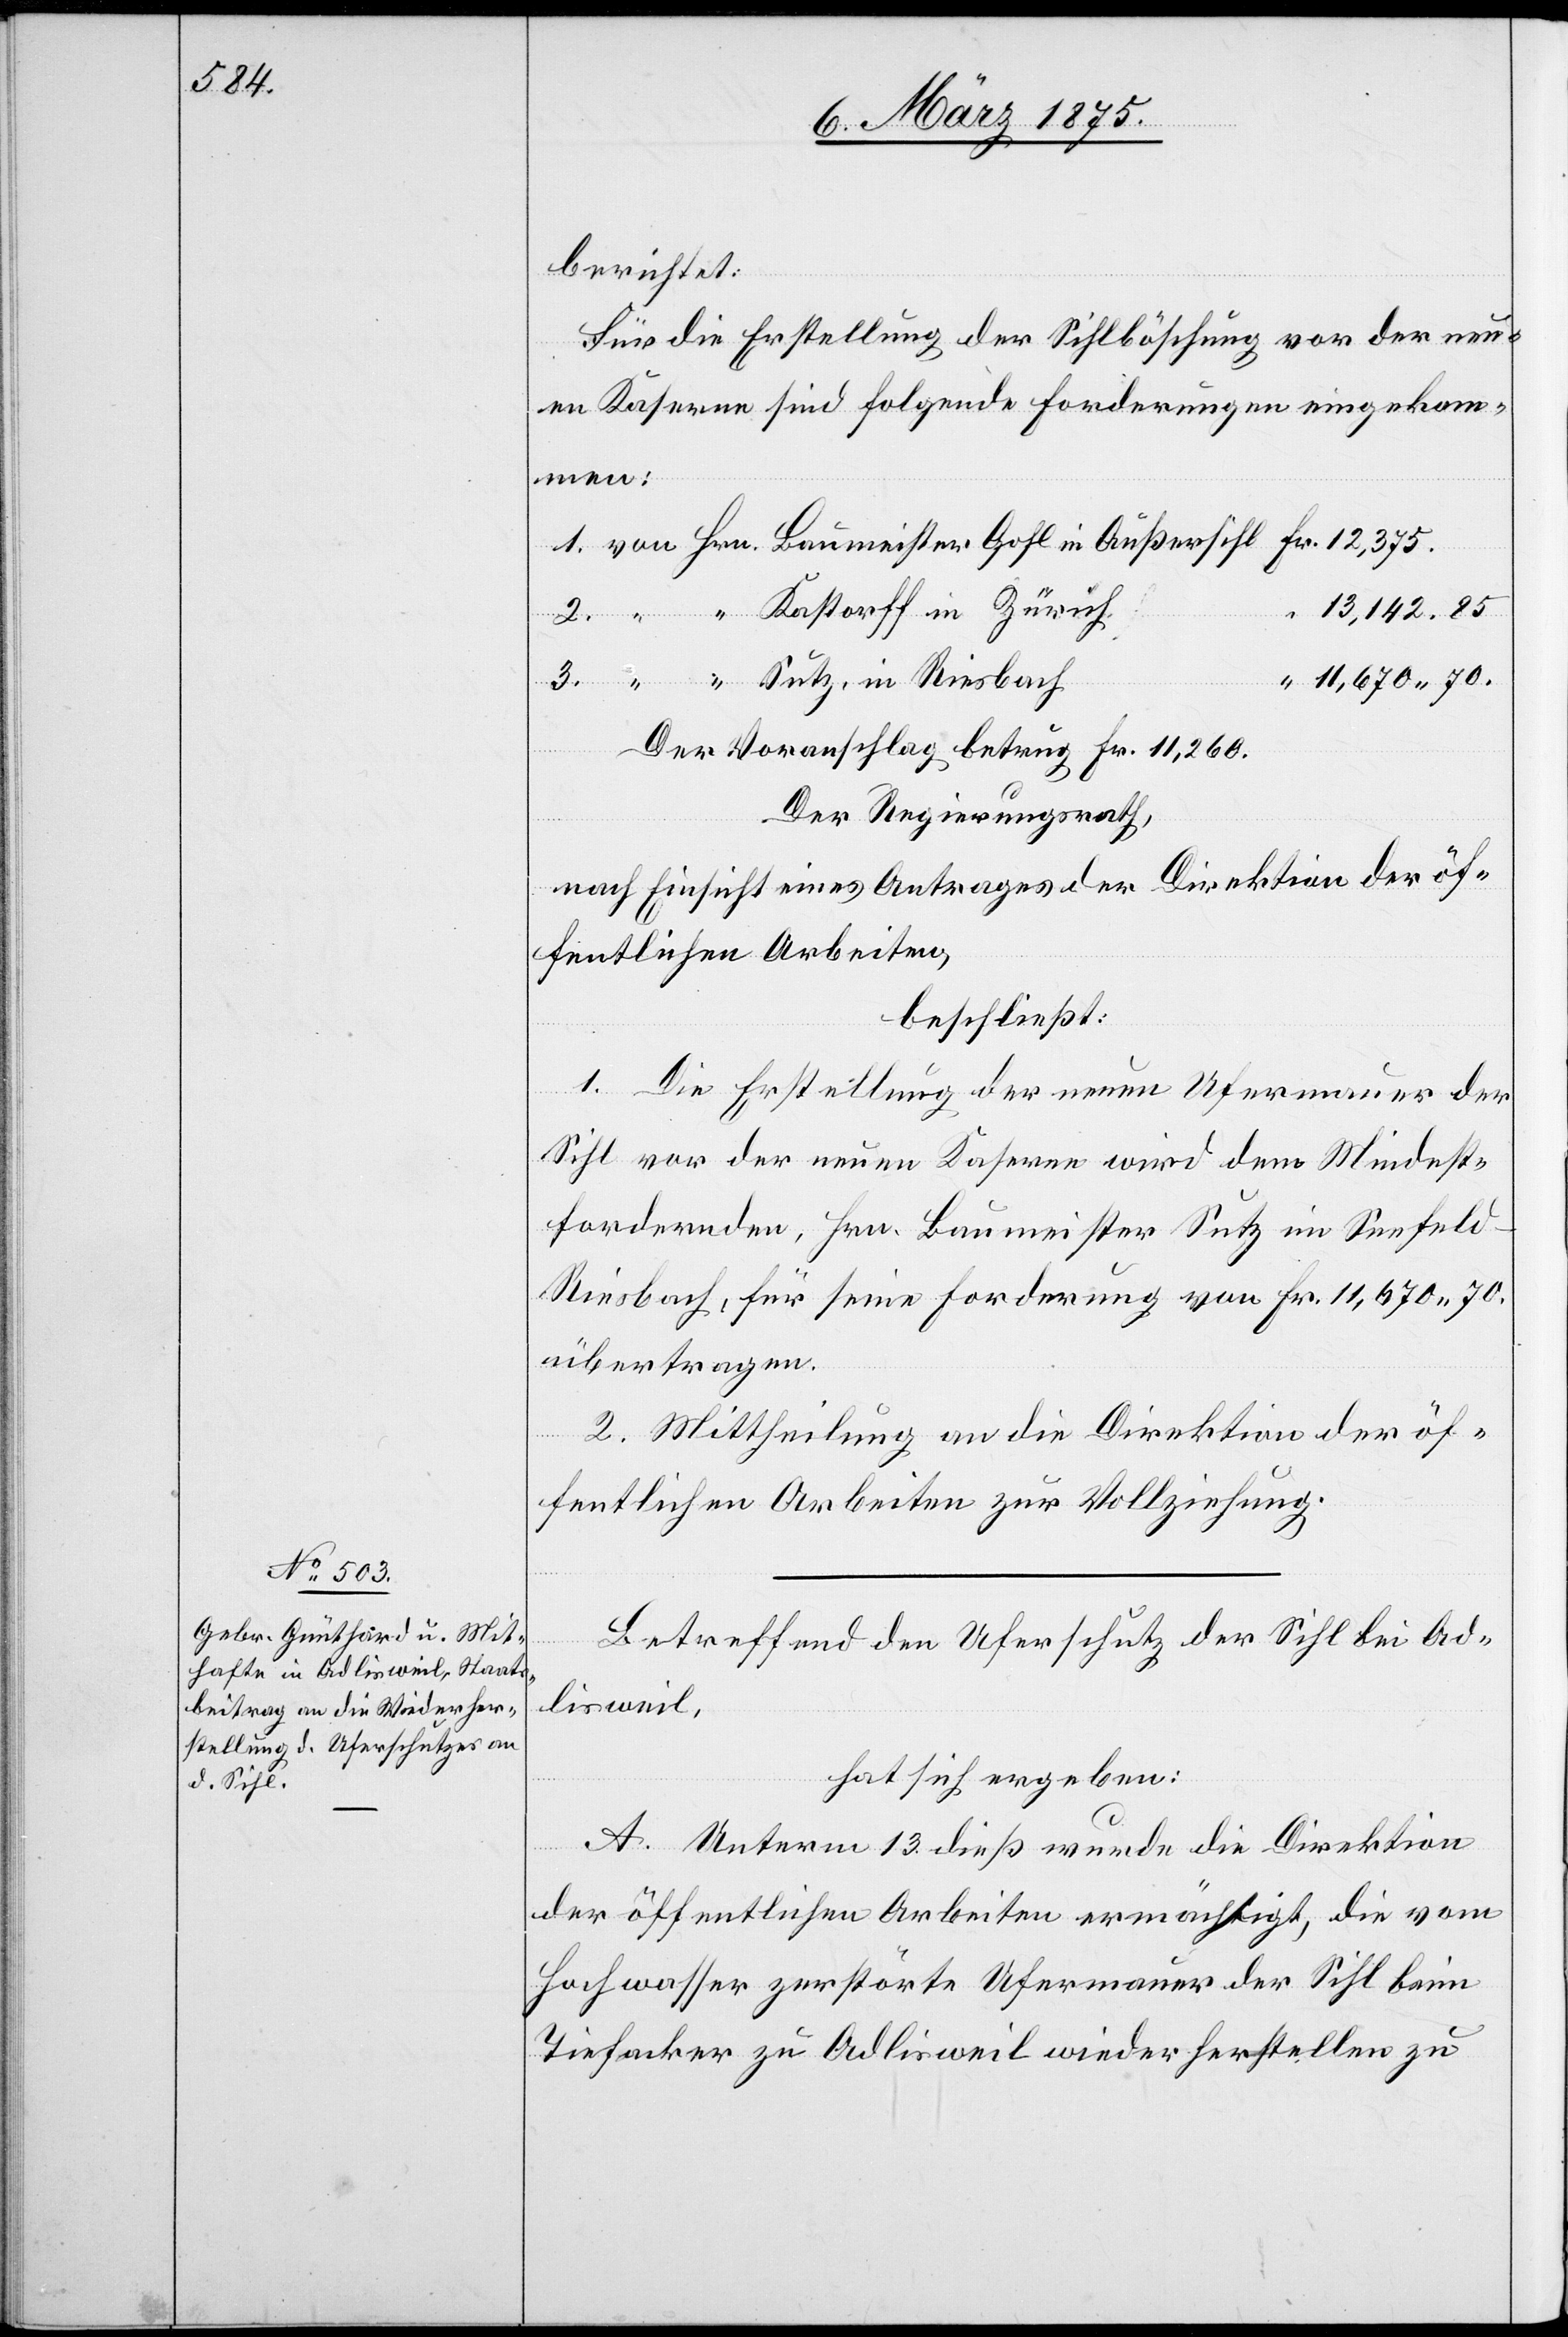
berichtet:
“
Für die Erstellung der Sihlböschung vor der neu¬
en Kaserne sind folgende Forderungen eingekom¬
Baumeister
13.142.85
11,670 70
Der Voranschlag betrug Fr. 11,260.
Der Regierungsrath,
nach Einsicht eines Antrages der Direktion der öf¬
fentlichen Arbeiten,
beschließt:
1. Die Erstellung der neuen Ufermauer der
Sihl vor der neuen Kaserne wird dem Mindest¬
fordernden, Hrn. Baumeister Sutz im Seefeld
Riesbach, für seine Forderung von Fr. 11,670 70.
übertragen.
2. Mittheilung an die Direktion der öf¬
fentlichen Arbeiten zur Vollziehung.
Betreffend den Uferschutz der Sihl bei Ad¬
lisweil,
hat sich ergeben:
A. Unterm 13. dieß wurde die Direktion
der öffentlichen Arbeiten ermächtigt, die vom
Hochwasser zerstörte Ufermauer der Sihl beim
Tiefacker zu Adlisweil wieder herstellen zu